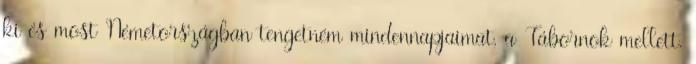
ki és most Németországban tengetném mindennapjaimat, a Tábornok mellett.